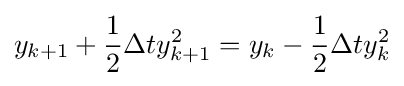
y_{k+1}+{\frac {1}{2}}{\Delta t}y_{k+1}^{2}=y_{k}-{\frac {1}{2}}\Delta ty_{k}^{2}